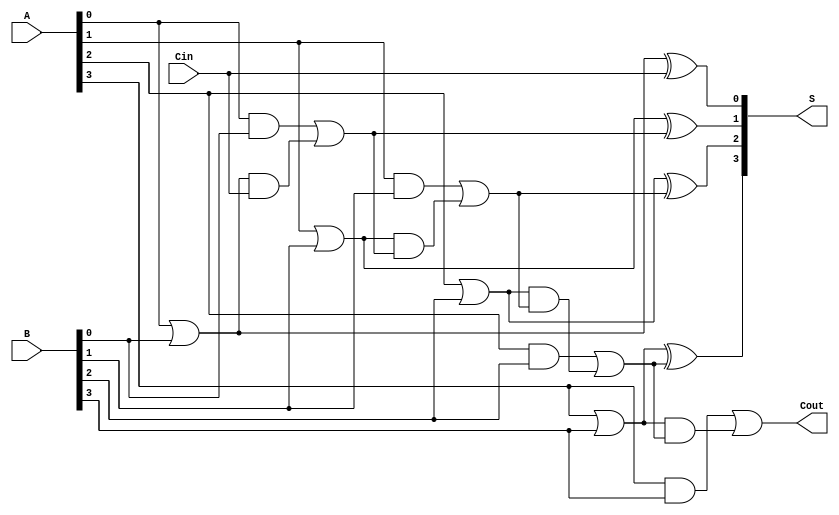
module CarryLookaheadAdder #(parameter n = 4) (
    input [n-1:0] A,      // First n-bit input
    input [n-1:0] B,      // Second n-bit input
    input Cin,            // Carry-in
    output [n-1:0] S,     // n-bit sum output
    output Cout           // Carry-out
);

    // Intermediate signals for Generate and Propagate
    wire [n-1:0] G;  // Generate signals
    wire [n-1:0] P;  // Propagate signals
    wire [n:0] C;    // Carry signals

    // Generate and Propagate Logic
    generate
        genvar i;
        for (i = 0; i < n; i = i + 1) begin : generate_propagate
            assign G[i] = A[i] & B[i];           // Generate logic
            assign P[i] = A[i] | B[i];           // Propagate logic
        end
    endgenerate

    // Carry Logic
    assign C[0] = Cin;  // C0 = Cin
    generate
        for (i = 0; i < n; i = i + 1) begin : carry_logic
            assign C[i+1] = G[i] | (P[i] & C[i]); // Carry calculation
        end
    endgenerate

    // Sum Calculation
    generate
        for (i = 0; i < n; i = i + 1) begin : sum_logic
            assign S[i] = P[i] ^ C[i]; // Sum calculation
        end
    endgenerate

    // Carry-out
    assign Cout = C[n]; // Cout is the last carry out

endmodule